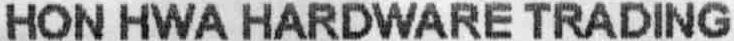
HON HWA HARDWARE TRADING